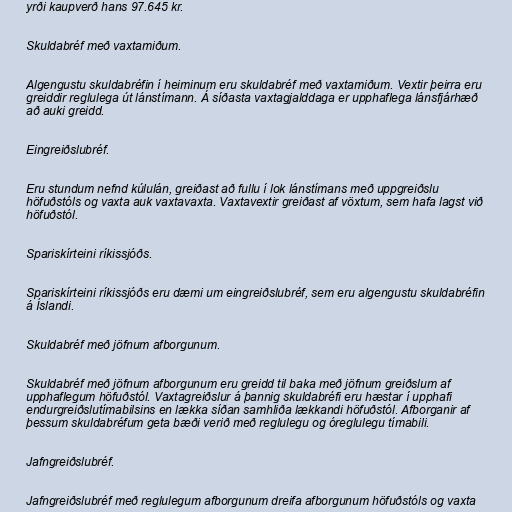
yrði kaupverð hans 97.645 kr.

Skuldabréf með vaxtamiðum.

Algengustu skuldabréfin í heiminum eru skuldabréf með vaxtamiðum. Vextir þeirra eru
greiddir reglulega út lánstímann. Á síðasta vaxtagjalddaga er upphaflega lánsfjárhæð
að auki greidd.

Eingreiðslubréf.

Eru stundum nefnd kúlulán, greiðast að fullu í lok lánstímans með uppgreiðslu
höfuðstóls og vaxta auk vaxtavaxta. Vaxtavextir greiðast af vöxtum, sem hafa lagst við
höfuðstól.

Spariskírteini ríkissjóðs.

Spariskírteini ríkissjóðs eru dæmi um eingreiðslubréf, sem eru algengustu skuldabréfin
á Íslandi.

Skuldabréf með jöfnum afborgunum.

Skuldabréf með jöfnum afborgunum eru greidd til baka með jöfnum greiðslum af
upphaflegum höfuðstól. Vaxtagreiðslur á þannig skuldabréfi eru hæstar í upphafi
endurgreiðslutímabilsins en lækka síðan samhliða lækkandi höfuðstól. Afborganir af
þessum skuldabréfum geta bæði verið með reglulegu og óreglulegu tímabili.

Jafngreiðslubréf.

Jafngreiðslubréf með reglulegum afborgunum dreifa afborgunum höfuðstóls og vaxta